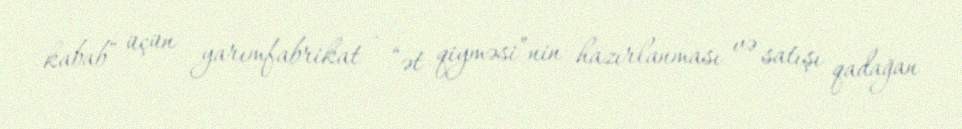
kabab” üçün yarımfabrikat - “ət qiyməsi”nin hazırlanması və satışı qadağan